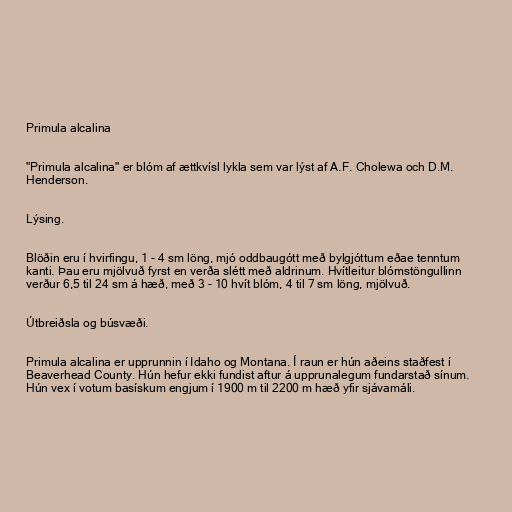
Primula alcalina

"Primula alcalina" er blóm af ættkvísl lykla sem var lýst af A.F. Cholewa och D.M.
Henderson.

Lýsing.

Blöðin eru í hvirfingu, 1 - 4 sm löng, mjó oddbaugótt með bylgjóttum eðae tenntum
kanti. Þau eru mjölvuð fyrst en verða slétt með aldrinum. Hvítleitur blómstöngullinn
verður 6,5 til 24 sm á hæð, með 3 - 10 hvít blóm, 4 til 7 sm löng, mjölvuð.

Útbreiðsla og búsvæði.

Primula alcalina er upprunnin í Idaho og Montana. Í raun er hún aðeins staðfest í
Beaverhead County. Hún hefur ekki fundist aftur á upprunalegum fundarstað sínum.
Hún vex í votum basískum engjum í 1900 m til 2200 m hæð yfir sjávamáli.